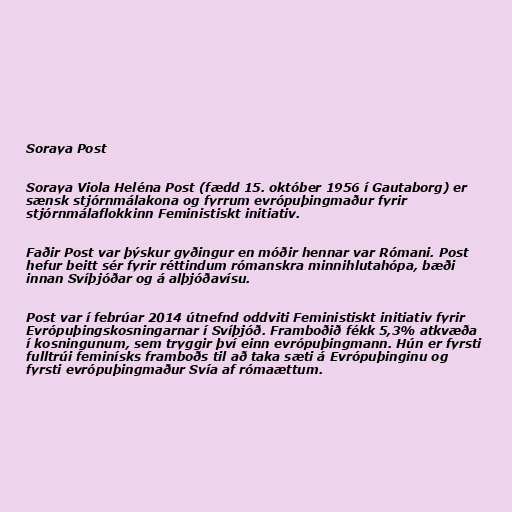
Soraya Post

Soraya Viola Heléna Post (fædd 15. október 1956 í Gautaborg) er
sænsk stjórnmálakona og fyrrum evrópuþingmaður fyrir
stjórnmálaflokkinn Feministiskt initiativ.

Faðir Post var þýskur gyðingur en móðir hennar var Rómani. Post
hefur beitt sér fyrir réttindum rómanskra minnihlutahópa, bæði
innan Svíþjóðar og á alþjóðavísu.

Post var í febrúar 2014 útnefnd oddviti Feministiskt initiativ fyrir
Evrópuþingskosningarnar í Svíþjóð. Framboðið fékk 5,3% atkvæða
í kosningunum, sem tryggir því einn evrópuþingmann. Hún er fyrsti
fulltrúi feminísks framboðs til að taka sæti á Evrópuþinginu og
fyrsti evrópuþingmaður Svía af rómaættum.